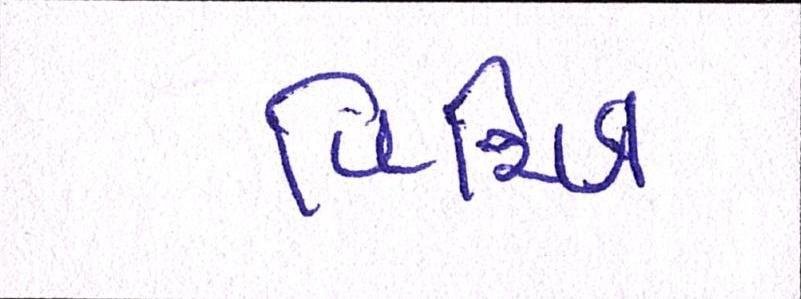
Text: વિચિત્ર